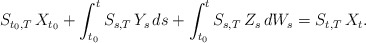
\begin{align*}& S_{ t_0, T } \, X_{ t_0 } + \int_{ t_0 }^t S_{ s, T } \, Y_s \, ds + \int_{ t_0 }^t S_{ s, T } \, Z_s \, dW_s= S_{ t, T } \, X_t .\end{align*}